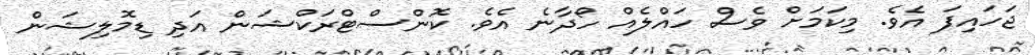
ޖަހައިފަ އެވެ. މިކަމަށް ވެސް ހައްލެއް ހޯދާނެ އެވެ. ކޮންސްޓްރަކްޝަން އަދި ޑިމޮލިޝަން